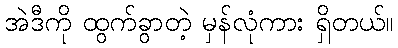
အဲဒီကို ထွက်ခွာတဲ့ မှန်လုံကား ရှိတယ်။